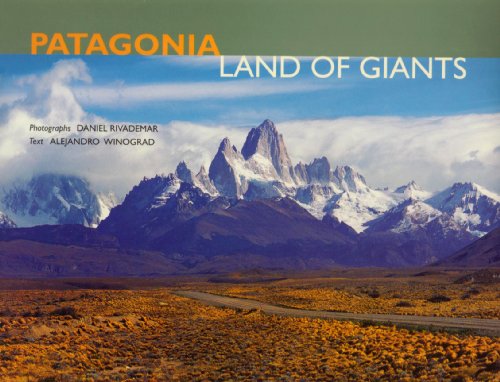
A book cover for Patagonia: Land Of Giants; Alejandro Winograd; Travel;